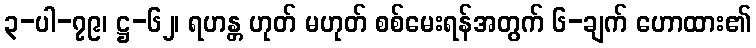
၃-ပါ-၇၉၊ ဋ္ဌ-၆၂၊ ရဟန္တ ဟုတ် မဟုတ် စစ်မေးရန်အတွက် ၆-ချက် ဟောထား၏